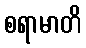
စရာမာတိ